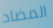
المضاد